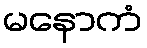
မနောကံ